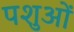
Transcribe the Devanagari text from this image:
पशुआें